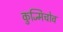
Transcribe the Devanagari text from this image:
कुज्मिचोव